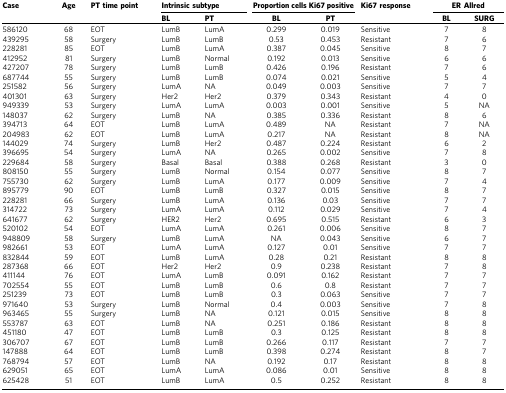
<table><thead><tr><td><b>Case</b></td><td><b>Age</b></td><td><b>PT time point</b></td><td colspan="2"><b>Intrinsic subtype</b></td><td colspan="2"><b>Proportion cells Ki67 positive</b></td><td><b>Ki67 response</b></td><td colspan="2"><b>ER Allred</b></td></tr><tr><td><b> </b></td><td><b> </b></td><td><b> </b></td><td><b>BL</b></td><td><b>PT</b></td><td><b>BL</b></td><td><b>PT</b></td><td><b> </b></td><td><b>BL</b></td><td><b>SURG</b></td></tr></thead><tbody><tr><td>586120</td><td>68</td><td>EOT</td><td>LumB</td><td>LumA</td><td>0.299</td><td>0.019</td><td>Sensitive</td><td>7</td><td>8</td></tr><tr><td>439295</td><td>58</td><td>Surgery</td><td>LumB</td><td>LumB</td><td>0.53</td><td>0.453</td><td>Resistant</td><td>7</td><td>6</td></tr><tr><td>228281</td><td>85</td><td>EOT</td><td>LumB</td><td>LumA</td><td>0.387</td><td>0.045</td><td>Sensitive</td><td>8</td><td>7</td></tr><tr><td>412952</td><td>81</td><td>Surgery</td><td>LumB</td><td>Normal</td><td>0.192</td><td>0.013</td><td>Sensitive</td><td>6</td><td>6</td></tr><tr><td>427207</td><td>78</td><td>Surgery</td><td>LumB</td><td>LumB</td><td>0.426</td><td>0.196</td><td>Resistant</td><td>7</td><td>6</td></tr><tr><td>687744</td><td>55</td><td>Surgery</td><td>LumB</td><td>LumB</td><td>0.074</td><td>0.021</td><td>Sensitive</td><td>5</td><td>4</td></tr><tr><td>251582</td><td>56</td><td>Surgery</td><td>LumA</td><td>NA</td><td>0.049</td><td>0.003</td><td>Sensitive</td><td>7</td><td>7</td></tr><tr><td>401301</td><td>63</td><td>Surgery</td><td>Her2</td><td>Her2</td><td>0.379</td><td>0.343</td><td>Resistant</td><td>4</td><td>0</td></tr><tr><td>949339</td><td>53</td><td>Surgery</td><td>LumA</td><td>LumA</td><td>0.003</td><td>0.001</td><td>Sensitive</td><td>5</td><td>NA</td></tr><tr><td>148037</td><td>62</td><td>Surgery</td><td>LumB</td><td>NA</td><td>0.385</td><td>0.336</td><td>Resistant</td><td>8</td><td>6</td></tr><tr><td>394713</td><td>64</td><td>EOT</td><td>LumB</td><td>LumA</td><td>0.489</td><td>NA</td><td>Resistant</td><td>7</td><td>NA</td></tr><tr><td>204983</td><td>62</td><td>EOT</td><td>LumB</td><td>LumA</td><td>0.217</td><td>NA</td><td>Resistant</td><td>8</td><td>NA</td></tr><tr><td>144029</td><td>74</td><td>Surgery</td><td>LumB</td><td>Her2</td><td>0.487</td><td>0.224</td><td>Resistant</td><td>6</td><td>2</td></tr><tr><td>396695</td><td>54</td><td>Surgery</td><td>LumA</td><td>NA</td><td>0.265</td><td>0.002</td><td>Sensitive</td><td>7</td><td>8</td></tr><tr><td>229684</td><td>58</td><td>Surgery</td><td>Basal</td><td>Basal</td><td>0.388</td><td>0.268</td><td>Resistant</td><td>3</td><td>0</td></tr><tr><td>808150</td><td>55</td><td>Surgery</td><td>LumB</td><td>Normal</td><td>0.154</td><td>0.077</td><td>Sensitive</td><td>8</td><td>7</td></tr><tr><td>755730</td><td>62</td><td>Surgery</td><td>LumB</td><td>LumA</td><td>0.177</td><td>0.009</td><td>Sensitive</td><td>7</td><td>4</td></tr><tr><td>895779</td><td>90</td><td>EOT</td><td>LumB</td><td>LumB</td><td>0.327</td><td>0.015</td><td>Sensitive</td><td>8</td><td>7</td></tr><tr><td>228281</td><td>66</td><td>Surgery</td><td>LumB</td><td>LumA</td><td>0.136</td><td>0.03</td><td>Sensitive</td><td>7</td><td>7</td></tr><tr><td>314722</td><td>73</td><td>Surgery</td><td>LumA</td><td>LumA</td><td>0.112</td><td>0.029</td><td>Sensitive</td><td>7</td><td>4</td></tr><tr><td>641677</td><td>62</td><td>Surgery</td><td>HER2</td><td>Her2</td><td>0.695</td><td>0.515</td><td>Resistant</td><td>6</td><td>3</td></tr><tr><td>520102</td><td>54</td><td>EOT</td><td>LumA</td><td>LumA</td><td>0.261</td><td>0.006</td><td>Sensitive</td><td>8</td><td>7</td></tr><tr><td>948809</td><td>58</td><td>Surgery</td><td>LumB</td><td>LumA</td><td>NA</td><td>0.043</td><td>Sensitive</td><td>6</td><td>7</td></tr><tr><td>982661</td><td>53</td><td>EOT</td><td>LumA</td><td>LumA</td><td>0.127</td><td>0.01</td><td>Sensitive</td><td>7</td><td>7</td></tr><tr><td>832844</td><td>59</td><td>EOT</td><td>LumB</td><td>LumA</td><td>0.28</td><td>0.21</td><td>Resistant</td><td>8</td><td>8</td></tr><tr><td>287368</td><td>66</td><td>EOT</td><td>Her2</td><td>Her2</td><td>0.9</td><td>0.238</td><td>Resistant</td><td>7</td><td>8</td></tr><tr><td>411144</td><td>76</td><td>EOT</td><td>LumA</td><td>LumB</td><td>0.091</td><td>0.162</td><td>Resistant</td><td>7</td><td>7</td></tr><tr><td>702554</td><td>55</td><td>EOT</td><td>LumB</td><td>LumB</td><td>0.6</td><td>0.8</td><td>Resistant</td><td>7</td><td>7</td></tr><tr><td>251239</td><td>73</td><td>EOT</td><td>LumB</td><td>LumB</td><td>0.3</td><td>0.063</td><td>Sensitive</td><td>7</td><td>7</td></tr><tr><td>971640</td><td>53</td><td>Surgery</td><td>LumB</td><td>Normal</td><td>0.4</td><td>0.003</td><td>Sensitive</td><td>7</td><td>8</td></tr><tr><td>963465</td><td>55</td><td>Surgery</td><td>LumB</td><td>NA</td><td>0.121</td><td>0.015</td><td>Sensitive</td><td>8</td><td>8</td></tr><tr><td>553787</td><td>63</td><td>EOT</td><td>LumB</td><td>NA</td><td>0.251</td><td>0.186</td><td>Resistant</td><td>8</td><td>8</td></tr><tr><td>451180</td><td>47</td><td>EOT</td><td>LumB</td><td>LumB</td><td>0.3</td><td>0.125</td><td>Resistant</td><td>8</td><td>8</td></tr><tr><td>306707</td><td>67</td><td>EOT</td><td>LumB</td><td>LumB</td><td>0.266</td><td>0.117</td><td>Resistant</td><td>7</td><td>7</td></tr><tr><td>147888</td><td>64</td><td>EOT</td><td>LumB</td><td>LumB</td><td>0.398</td><td>0.274</td><td>Resistant</td><td>8</td><td>7</td></tr><tr><td>768794</td><td>57</td><td>EOT</td><td>LumB</td><td>NA</td><td>0.192</td><td>0.17</td><td>Resistant</td><td>8</td><td>8</td></tr><tr><td>629051</td><td>65</td><td>EOT</td><td>LumA</td><td>LumA</td><td>0.086</td><td>0.01</td><td>Sensitive</td><td>8</td><td>8</td></tr><tr><td>625428</td><td>51</td><td>EOT</td><td>LumB</td><td>LumA</td><td>0.5</td><td>0.252</td><td>Resistant</td><td>8</td><td>8</td></tr></tbody></table>